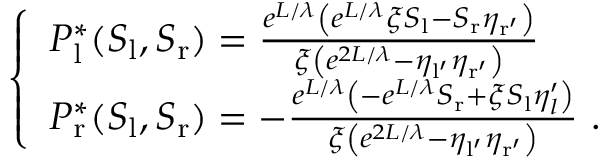
\left\{ \begin{array} { l l } { P _ { \mathrm { l } } ^ { * } ( S _ { \mathrm { l } } , S _ { \mathrm { r } } ) = \frac { e ^ { L / \lambda } \left( e ^ { L / \lambda } \xi S _ { \mathrm { l } } - S _ { \mathrm { r } } \eta _ { \mathrm { r ^ { \prime } } } \right) } { \xi \left( e ^ { 2 L / \lambda } - \eta _ { \mathrm { l ^ { \prime } } } \eta _ { \mathrm { r ^ { \prime } } } \right) } } \\ { P _ { \mathrm { r } } ^ { * } ( S _ { \mathrm { l } } , S _ { \mathrm { r } } ) = - \frac { e ^ { L / \lambda } \left( - e ^ { L / \lambda } S _ { \mathrm { r } } + \xi S _ { \mathrm { l } } \eta _ { l } ^ { \prime } \right) } { \xi \left( e ^ { 2 L / \lambda } - \eta _ { \mathrm { l ^ { \prime } } } \eta _ { \mathrm { r ^ { \prime } } } \right) } \ . } \end{array} \right.